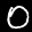
Label: 0